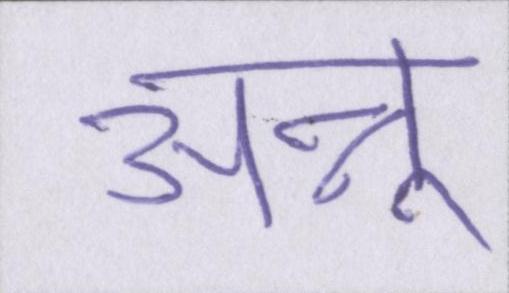
अन्नू